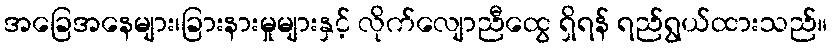
အခြေအနေများ၊ခြားနားမှုများနှင့် လိုက်လျောညီထွေ ရှိရန် ရည်ရွယ်ထားသည်။